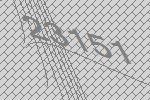
23151